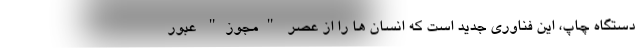
دستگاه چاپ، این فناوری جدید است که انسان ها را از عصر "مجوز" عبور